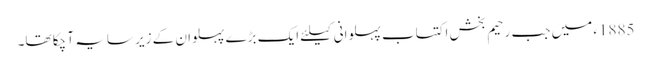
1885ء میں جب رحیم بخش اکتساب پہلوانی کیلئے ایک بڑے پہلوان کے زیر سایہ آ چکا تھا۔